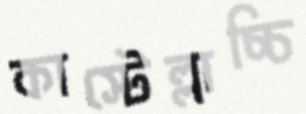
কাস্টেল্লাচ্চি